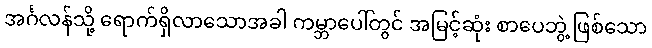
အင်္ဂလန်သို့ ရောက်ရှိလာသောအခါ ကမ္ဘာပေါ်တွင် အမြင့်ဆုံး စာပေဘွဲ့ ဖြစ်သော